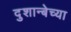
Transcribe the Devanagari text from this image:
दुशान्बेच्या